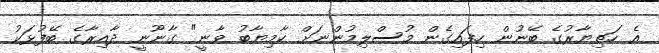
އެ ހަތިޔާރުގެ ބޭނުން ހިފައިގެން މުސްލިމުންނަށް ކާމިޔާބު ވާނީ" ގާނޫނީ ދާއިރާގެ ބޭފުޅަކު